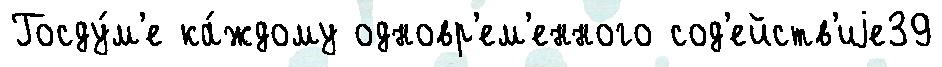
Госду́м'е ка́ждому одновр'ем'енного сод'ейств'иjе39